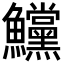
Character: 𩽳